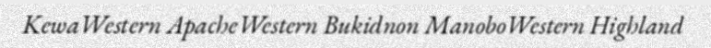
KewaWestern ApacheWestern Bukidnon ManoboWestern Highland